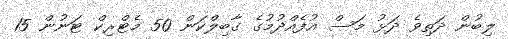
ލިބުން ދަތިވެ ދަޅު މަސް އުފެއްދުމުގެ ގާބިލްކަން 50 މެޓްރިކް ޓަނުން 15